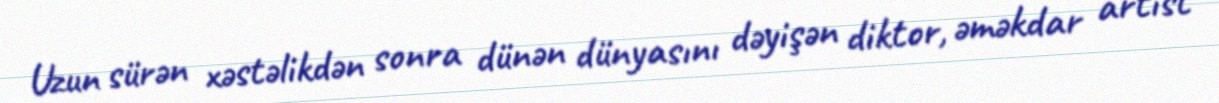
Uzun sürən xəstəlikdən sonra dünən dünyasını dəyişən diktor, əməkdar artist